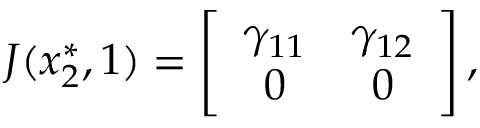
\begin{array} { r } { J ( x _ { 2 } ^ { * } , 1 ) = \left[ { \begin{array} { c c } { \gamma _ { 1 1 } } & { \gamma _ { 1 2 } } \\ { 0 } & { 0 } \end{array} } \right] , } \end{array}